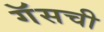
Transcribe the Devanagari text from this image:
गॅसची